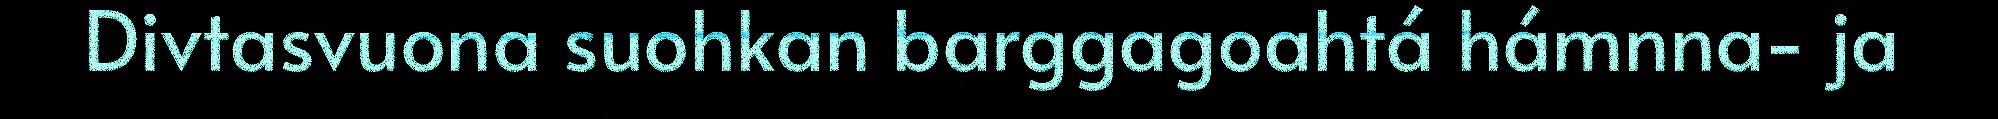
Divtasvuona suohkan barggagoahtá hámnna- ja